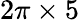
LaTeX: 2\pi\times 5